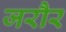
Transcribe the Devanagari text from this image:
जरौर